Leningradi_Edasi_toimetus, lk 156
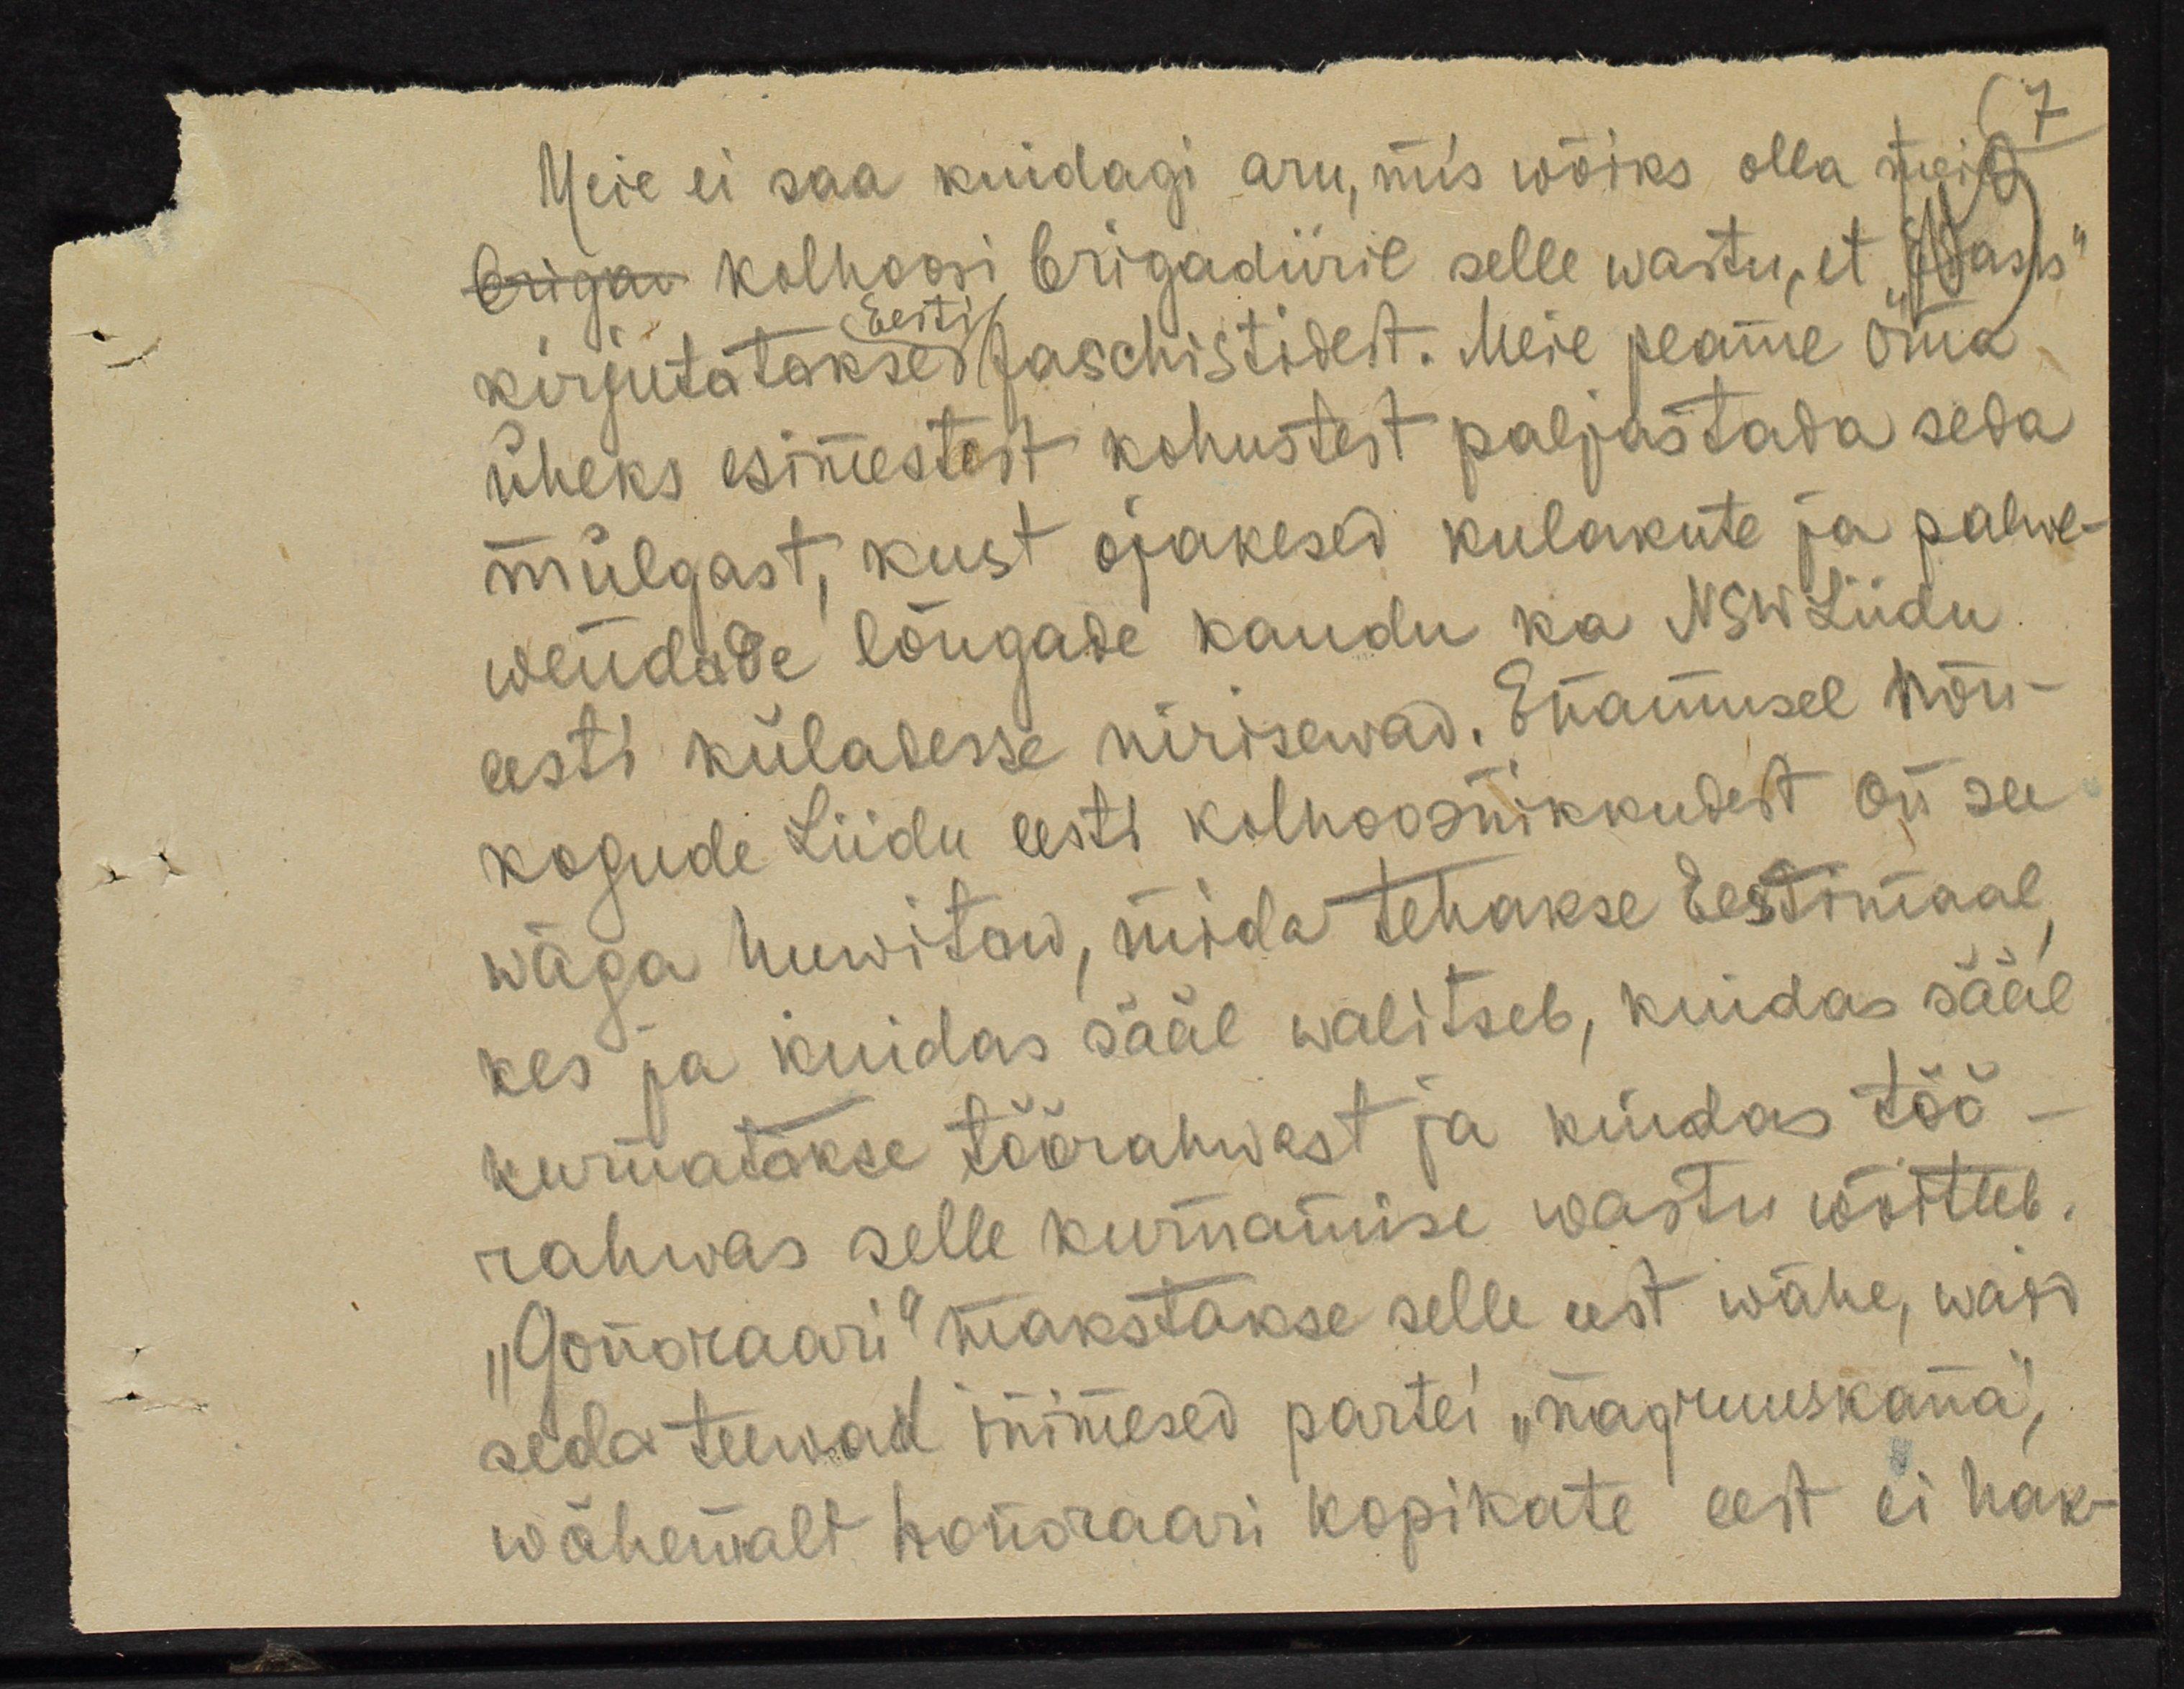
Meie ei saa kuidagi aru, mis wõiks olla meie
briga kolhoosi brigadiiril selle wastu, et "Edasis"
Eesti
kirjutatakse faschistidest. Meie peame oma
üheks esimestest kohustest paljustada seda
mülgast, kust ojakesed kulakute ja palwe-
wendade lõugade kaudu ka NSW Liidu
eesti küladesse nirisewad. Enamusel nõu-
kogude Liidu eesti kolhoosnikkudest on see
wäga huwitaw, mida tehakse Eestimaal
kes ja kuidas sääl walitseb, kuidas sääl
kurnatakse töörahwast ja kuidas töö-
rahwas selle kurnamise wastu wõitleb.
"Gonoraari" makstakse selle eest wähe, waid
seda teewad inimesed partei "nagruuskana",
wähemalt honoraari kopikate eest ei hak-